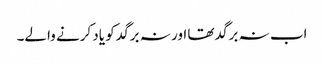
اب نہ برگد تھا اور نہ برگد کو یاد کرنے والے۔